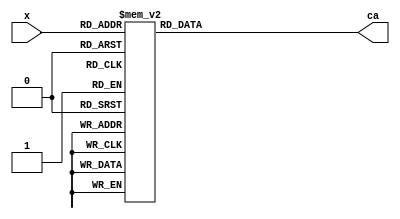
`timescale 1ns / 1ps

module Hex_To_Sev_Seg(
    input [3:0] x,
    output reg [6:0] ca
    );
    
    always @(x) begin
        case (x)                // 1 = OFF, 0 = ON
            0  : ca = 7'b0000001;  // 0
            1  : ca = 7'b1001111;  // 1
            2  : ca = 7'b0010010;  // 2
            3  : ca = 7'b0000110;  // 3
            4  : ca = 7'b1001100;  // 4
            5  : ca = 7'b0100100;  // 5
            6  : ca = 7'b0100000;  // 6
            7  : ca = 7'b0001111;  // 7
            8  : ca = 7'b0000000;  // 8
            9  : ca = 7'b0000100;  // 9
            10 : ca = 7'b0001000;  // A
            11 : ca = 7'b1100000;  // B
            12 : ca = 7'b0110001;  // C
            13 : ca = 7'b1000010;  // D
            14 : ca = 7'b0110000;  // E
            15 : ca = 7'b0111000;  // F
            default : ca = 7'b1111111;      // All OFF
        endcase
    end
endmodule